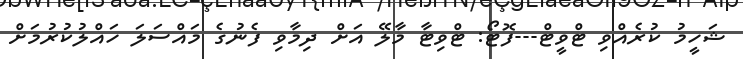
ޝަހީމު ކުރެއްވި ޓްވީޓް---ފޮޓޯ: ޓްވިޓާ މާލޭ އަށް ދިމާވި ފެނުގެ މައްސަަލަ ހައްލުކުރުމަށް